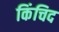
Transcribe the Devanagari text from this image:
किंचिद